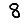
Digit: 8